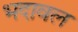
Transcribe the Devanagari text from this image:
भदावल